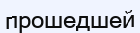
прошедшей